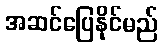
အဆင်ပြေနိုင်မည်